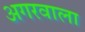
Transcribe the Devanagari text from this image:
अगरवाला